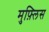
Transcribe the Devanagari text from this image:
मुफ़्लिस